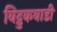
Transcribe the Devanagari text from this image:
विद्रुकवाडी